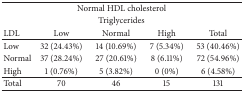
<table><thead><tr><td colspan="5"><b>Normal HDL cholesterol</b></td></tr><tr><td colspan="5"><b>Triglycerides</b></td></tr><tr><td><b>LDL</b></td><td><b>Low</b></td><td><b>Normal</b></td><td><b>High</b></td><td><b>Total</b></td></tr></thead><tbody><tr><td>Low</td><td>32 (24.43%)</td><td>14 (10.69%)</td><td>7 (5.34%)</td><td>53 (40.46%)</td></tr><tr><td>Normal</td><td>37 (28.24%)</td><td>27 (20.61%)</td><td>8 (6.11%)</td><td>72 (54.96%)</td></tr><tr><td>High</td><td>1 (0.76%)</td><td>5 (3.82%)</td><td>0 (0%)</td><td>6 (4.58%)</td></tr><tr><td>Total</td><td>70</td><td>46</td><td>15</td><td>131</td></tr></tbody></table>